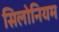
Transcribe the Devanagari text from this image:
सिलोनियम